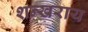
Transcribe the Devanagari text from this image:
शन्खराय